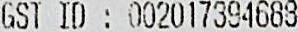
GST ID : 002017394688